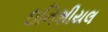
ઇનિશીયલ